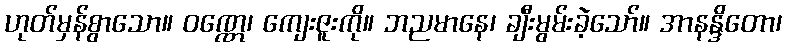
ဟုတ်မှန်စွာသော။ ဝဏ္ဏေ၊ ကျေးဇူးကို။ ဘညမာနေ၊ ချီးမွမ်းခဲ့သော်။ အာနန္ဒိတော၊